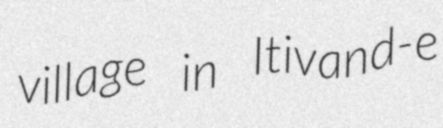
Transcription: village in Itivand-e